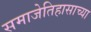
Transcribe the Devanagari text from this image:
समाजेतिहासाच्या